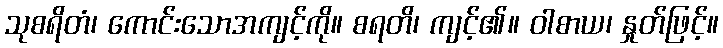
သုစရိတံ၊ ကောင်းသောအကျင့်ကို။ စရတိ၊ ကျင့်၏။ ဝါစာယ၊ နှုတ်ဖြင့်။